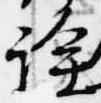
詮